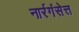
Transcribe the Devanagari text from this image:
नार्रगंसेत्त